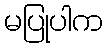
မပြုပါက